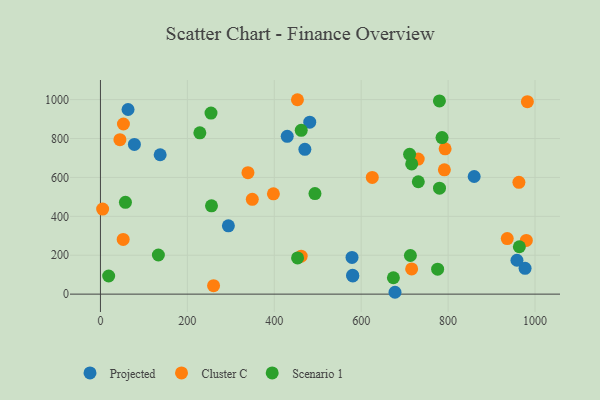
{"axis": {"x": "Distance", "y": "Demand"}, "legend": ["Cluster C", "Projected", "Scenario 1"], "data": [{"x": "294.4", "y": 351.4, "type": "Projected"}, {"x": "470.4", "y": 744.3, "type": "Projected"}, {"x": "481.6", "y": 884.1, "type": "Projected"}, {"x": "977.1", "y": 132.5, "type": "Projected"}, {"x": "78.1", "y": 769.6, "type": "Projected"}, {"x": "958.4", "y": 174.2, "type": "Projected"}, {"x": "860.0", "y": 604.8, "type": "Projected"}, {"x": "578.9", "y": 188.9, "type": "Projected"}, {"x": "677.8", "y": 9.6, "type": "Projected"}, {"x": "429.8", "y": 811.4, "type": "Projected"}, {"x": "63.5", "y": 949.3, "type": "Projected"}, {"x": "580.2", "y": 96.6, "type": "Projected"}, {"x": "580.7", "y": 93.4, "type": "Projected"}, {"x": "137.4", "y": 716.6, "type": "Projected"}, {"x": "793.1", "y": 747.0, "type": "Cluster C"}, {"x": "716.1", "y": 129.4, "type": "Cluster C"}, {"x": "962.9", "y": 575.0, "type": "Cluster C"}, {"x": "731.2", "y": 694.2, "type": "Cluster C"}, {"x": "52.3", "y": 281.3, "type": "Cluster C"}, {"x": "44.8", "y": 793.9, "type": "Cluster C"}, {"x": "936.1", "y": 285.5, "type": "Cluster C"}, {"x": "982.4", "y": 989.6, "type": "Cluster C"}, {"x": "339.4", "y": 624.6, "type": "Cluster C"}, {"x": "52.9", "y": 874.7, "type": "Cluster C"}, {"x": "625.5", "y": 599.8, "type": "Cluster C"}, {"x": "260.3", "y": 43.7, "type": "Cluster C"}, {"x": "349.4", "y": 487.3, "type": "Cluster C"}, {"x": "453.3", "y": 999.5, "type": "Cluster C"}, {"x": "398.0", "y": 515.8, "type": "Cluster C"}, {"x": "461.9", "y": 195.1, "type": "Cluster C"}, {"x": "5.0", "y": 437.2, "type": "Cluster C"}, {"x": "791.4", "y": 639.1, "type": "Cluster C"}, {"x": "980.0", "y": 276.4, "type": "Cluster C"}, {"x": "18.9", "y": 93.2, "type": "Scenario 1"}, {"x": "963.9", "y": 243.7, "type": "Scenario 1"}, {"x": "731.4", "y": 577.8, "type": "Scenario 1"}, {"x": "775.9", "y": 128.6, "type": "Scenario 1"}, {"x": "674.1", "y": 84.4, "type": "Scenario 1"}, {"x": "133.3", "y": 201.3, "type": "Scenario 1"}, {"x": "780.0", "y": 993.5, "type": "Scenario 1"}, {"x": "786.0", "y": 804.9, "type": "Scenario 1"}, {"x": "453.6", "y": 186.3, "type": "Scenario 1"}, {"x": "228.7", "y": 829.4, "type": "Scenario 1"}, {"x": "716.2", "y": 669.7, "type": "Scenario 1"}, {"x": "462.0", "y": 842.3, "type": "Scenario 1"}, {"x": "780.2", "y": 544.8, "type": "Scenario 1"}, {"x": "255.5", "y": 454.1, "type": "Scenario 1"}, {"x": "713.2", "y": 198.7, "type": "Scenario 1"}, {"x": "711.4", "y": 718.9, "type": "Scenario 1"}, {"x": "254.4", "y": 930.7, "type": "Scenario 1"}, {"x": "493.6", "y": 517.2, "type": "Scenario 1"}, {"x": "57.5", "y": 472.0, "type": "Scenario 1"}]}